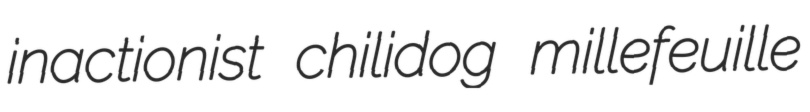
inactionist chilidog millefeuille